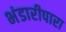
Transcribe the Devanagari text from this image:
भंडारीपारा